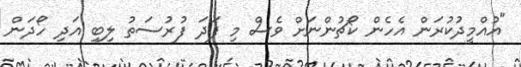
"އުއްމީދުކުރަން އެހެން ކޯޗުންނަށް ވެސް މި ފަދަ ފުރުސަތު ލިބި އަދި ހޯދަން